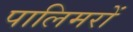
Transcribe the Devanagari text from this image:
पालिमरों